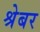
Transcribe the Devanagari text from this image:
श्रेबर